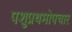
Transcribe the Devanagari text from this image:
पशुप्रथमोपचार